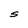
Character: S